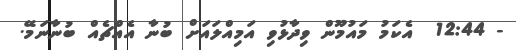
- 12:44  އެކަމު މައުމޫން ވިދާޅުވި އަމިއްލައަށް ބުނާ އެއްޗެއް ބުނާނަމޭ.